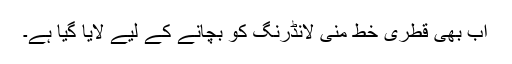
اب بھی قطری خط منی لانڈرنگ کو بچانے کے لیے لایا گیا ہے۔